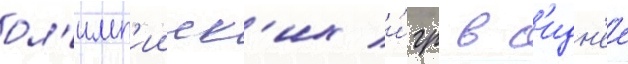
ол'имп'ииск'их и́гр в с'идн'ее